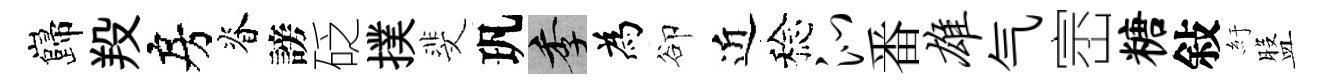
巋羖房脊謗砭撲斐㺬季為卻近稔沁番雄气崈糖敍紆盤